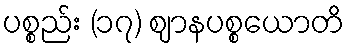
ပစ္စည်း (၁၇) ဈာနပစ္စယောတိ